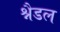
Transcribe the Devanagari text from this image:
श्नैडल